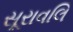
સૂરાવલિ